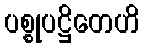
ပစ္စုပဋ္ဌိတေဟိ